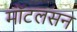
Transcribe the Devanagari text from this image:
मॉटलसन